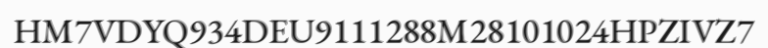
HM7VDYQ934DEU9111288M28101024HPZIVZ7